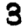
Digit: 3